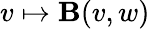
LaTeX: v\mapsto\mathbf{B}(v,w)